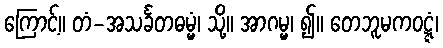
ကြောင့်။ တံ-အသင်္ခတဓမ္မံ၊ သို့။ အာဂမ္မ၊ ၍။ တေဘူမကဝဋ္ဋံ၊